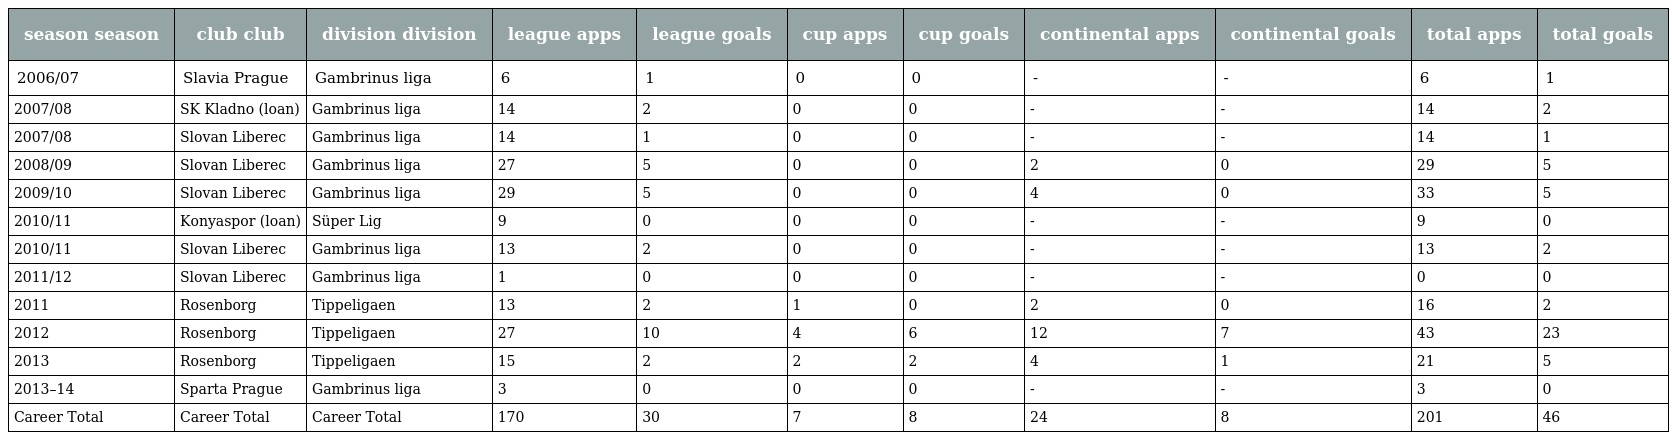
| season season | club club | division division | league apps | league goals | cup apps | cup goals | continental apps | continental goals | total apps | total goals |
 | --- | --- | --- | --- | --- | --- | --- | --- | --- | --- | --- |
 | 2006/07 | Slavia Prague | Gambrinus liga | 6 | 1 | 0 | 0 | - | - | 6 | 1 |
 | 2007/08 | SK Kladno (loan) | Gambrinus liga | 14 | 2 | 0 | 0 | - | - | 14 | 2 |
 | 2007/08 | Slovan Liberec | Gambrinus liga | 14 | 1 | 0 | 0 | - | - | 14 | 1 |
 | 2008/09 | Slovan Liberec | Gambrinus liga | 27 | 5 | 0 | 0 | 2 | 0 | 29 | 5 |
 | 2009/10 | Slovan Liberec | Gambrinus liga | 29 | 5 | 0 | 0 | 4 | 0 | 33 | 5 |
 | 2010/11 | Konyaspor (loan) | Süper Lig | 9 | 0 | 0 | 0 | - | - | 9 | 0 |
 | 2010/11 | Slovan Liberec | Gambrinus liga | 13 | 2 | 0 | 0 | - | - | 13 | 2 |
 | 2011/12 | Slovan Liberec | Gambrinus liga | 1 | 0 | 0 | 0 | - | - | 0 | 0 |
 | 2011 | Rosenborg | Tippeligaen | 13 | 2 | 1 | 0 | 2 | 0 | 16 | 2 |
 | 2012 | Rosenborg | Tippeligaen | 27 | 10 | 4 | 6 | 12 | 7 | 43 | 23 |
 | 2013 | Rosenborg | Tippeligaen | 15 | 2 | 2 | 2 | 4 | 1 | 21 | 5 |
 | 2013–14 | Sparta Prague | Gambrinus liga | 3 | 0 | 0 | 0 | - | - | 3 | 0 |
 | Career Total | Career Total | Career Total | 170 | 30 | 7 | 8 | 24 | 8 | 201 | 46 |